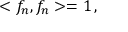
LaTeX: < f _ { n } , f _ { n } > = 1 \, ,